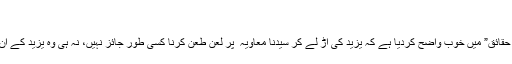
؎
شیخ الاسلام مفتی تقی عثمانی صاحب نے اپنی کتاب “حضرت معاویہؓ اور تاریخی حقائق” میں خوب واضح کردیا ہے کہ یزید کی آڑ لے کر سیدنا معاویہ ؓ پر لعن طعن کرنا کسی طور جائز نہیں، نہ ہی وہ یزید کے ان اعمال کے جوابدہ ہیں جو اس نے خلافت حاصل کرنے بعد اس سے سرزد ہوئے ۔